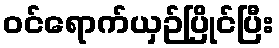
ဝင်ရောက်ယှဉ်ပြိုင်ပြီး